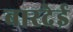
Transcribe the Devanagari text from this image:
बारदेई